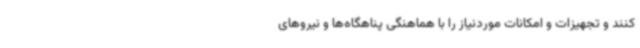
کنند و تجهیزات و امکانات موردنیاز را با هماهنگی پناهگاه‌ها و نیروهای